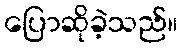
ပြောဆိုခဲ့သည်။